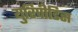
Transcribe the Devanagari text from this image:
युरिपीडिस